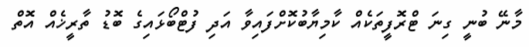
މާނޭ ބުނީ ގިނަ ޓްރޮފީތަކެއް ކާމިޔާބުކޮށްފައިވާ އަދި ފުޓްބޯޅައިގެ ބޮޑު ތާރީޚެއް އޮތް